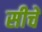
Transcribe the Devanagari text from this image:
सीचें